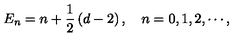
E _ { n } = n + \frac { 1 } { 2 } \left( d - 2 \right) , \quad n = 0 , 1 , 2 , \cdots ,